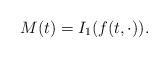
LaTeX: \begin{align*}M(t)=I_1(f(t,\cdot)).\end{align*}